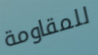
للمقاومة